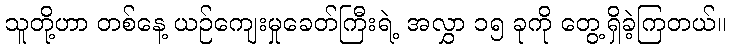
သူတို့ဟာ တစ်နေ့ ယဉ်ကျေးမှုခေတ်ကြီးရဲ့ အလွှာ ၁၅ ခုကို တွေ့ရှိခဲ့ကြတယ်။